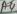
Text: A4